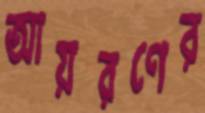
আয়রণের